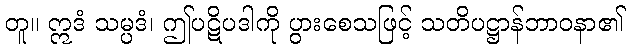
တူ။ ဣဒံ သမ္ပဒံ၊ ဤပဋိပဒါကို ပွားစေသဖြင့် သတိပဋ္ဌာန်ဘာဝနာ၏